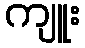
ကျူး